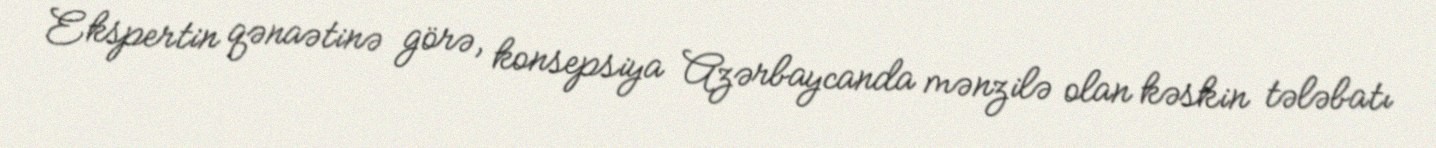
Ekspertin qənaətinə görə, konsepsiya Azərbaycanda mənzilə olan kəskin tələbatı